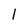
Character: l